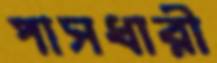
পাসধারী